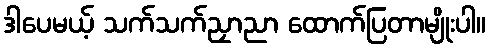
ဒါပေမယ့် သက်သက်ညှာညာ ထောက်ပြတာမျိုးပါ။